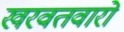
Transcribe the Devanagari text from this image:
खरवतवारों